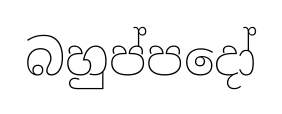
බහුප්පදෝ